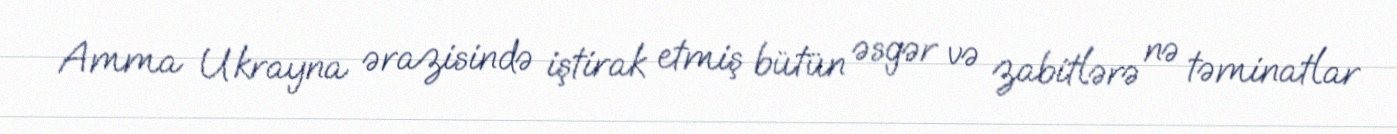
Amma Ukrayna ərazisində iştirak etmiş bütün əsgər və zabitlərə nə təminatlar